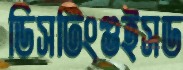
ডিসটিংগুইসড